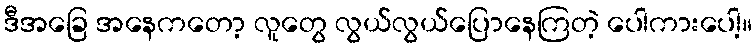
ဒီအခြေ အနေကတော့ လူတွေ လွယ်လွယ်ပြောနေကြတဲ့ ပေါကားပေါ့။